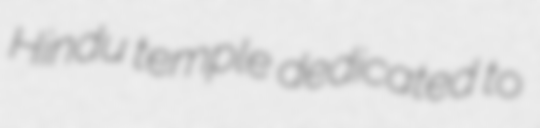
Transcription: Hindu temple dedicated to